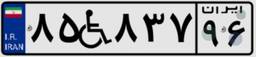
۸۵W۸۳۷۹۶